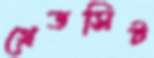
গ্রেডসিট